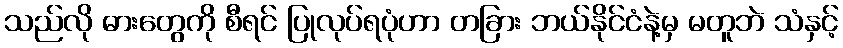
သည်လို ဓားတွေကို စီရင် ပြုလုပ်ရပုံဟာ တခြား ဘယ်နိုင်ငံနဲ့မှ မတူဘဲ သံနှင့်